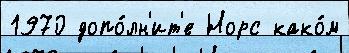
1970 допо́лн'ит'е Норс како́м